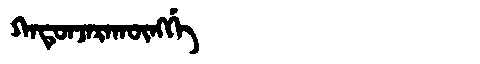
Manchu: ᡴᠠᡨᡠᠨᠵᠠᡵᠠᡴᡡᠩᡤᡝ
Romanization: KATUNJARAKŪNGGE